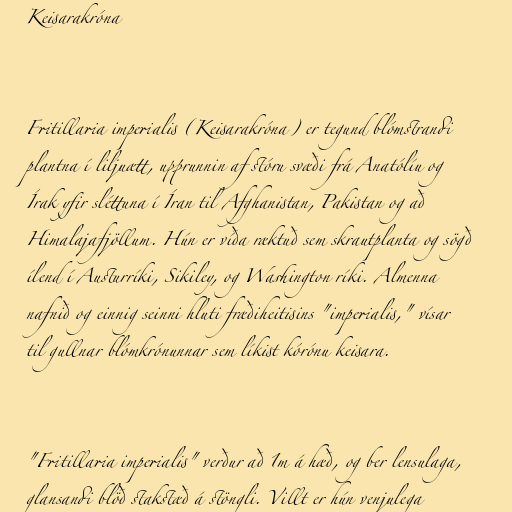
Keisarakróna

Fritillaria imperialis (Keisarakróna) er tegund blómstrandi
plantna í liljuætt, upprunnin af stóru svæði frá Anatólíu og
Írak yfir sléttuna í Íran til Afghanistan, Pakistan og að
Himalajafjöllum. Hún er víða ræktuð sem skrautplanta og sögð
ílend í Austurríki, Sikiley, og Washington ríki. Almenna
nafnið og einnig seinni hluti fræðiheitisins "imperialis," vísar
til gullnar blómkrónunnar sem líkist kórónu keisara.

"Fritillaria imperialis" verður að 1m á hæð, og ber lensulaga,
glansandi blöð stakstæð á stöngli. Villt er hún venjulega